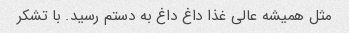
مثل همیشه عالی غذا داغ داغ به دستم رسید. با تشکر